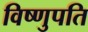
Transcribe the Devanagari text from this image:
विष्णुपति